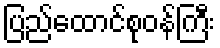
ပြည်ထောင်စုဝန်ကြီး